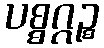
ပစ္စဂ္ဂဉ္စ